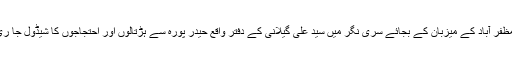
اب ریڈیو مظفر آباد کے میزبان کے بجائے سری نگر میں سید علی گیلانی کے دفتر واقع حیدر پورہ سے ہڑتالوں اور احتجاجوں کا شیڈول جا ری ہوتا ہے۔